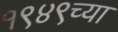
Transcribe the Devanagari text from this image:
१९४९च्या